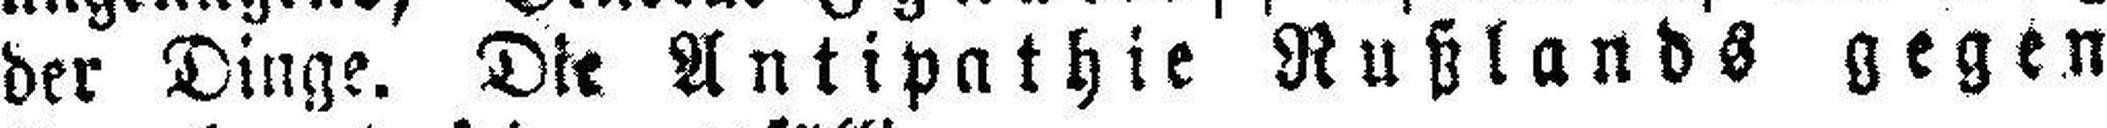
der Dinge. Die Antipathie Rußlands gegen